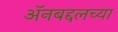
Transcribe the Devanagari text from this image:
अॅनबद्दलच्या